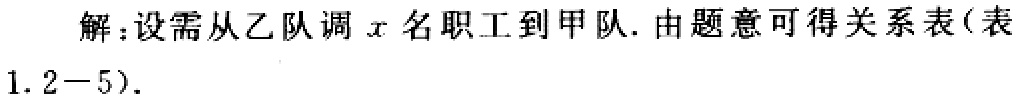
解：设需从乙队调\(x\)名职工到甲队. 由题意可得关系表(表\(1.2 - 5\)).